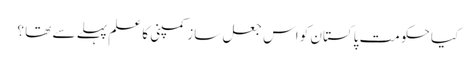
کیا حکومت پاکستان کو اس جعل ساز کمپنی کا علم پہلے سے تھا ؟